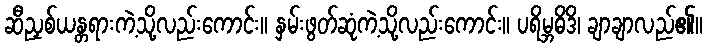
ဆီညှစ်ယန္တရားကဲ့သို့လည်းကောင်း။ နှမ်းဖွတ်ဆုံကဲ့သို့လည်းကောင်း။ ပရိမ္ဘဓိဒိ၊ ချာချာလည်၏။